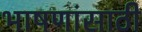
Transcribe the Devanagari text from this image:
भाषणांसाठी